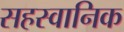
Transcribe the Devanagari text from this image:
सहस्वानिक